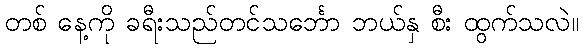
တစ် နေ့ကို ခရီးသည်တင်သင်္ဘော ဘယ်နှ စီး ထွက်သလဲ။